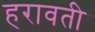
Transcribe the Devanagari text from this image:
हरावती